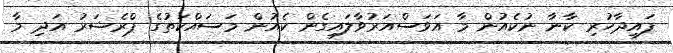
ފައިދާހުރި ކާނާ ނުކެއުން މާ އަވަސްއަރުވާލައިގެން ކެއުން މަސައްކަތުގެ ޕްރެޝަރު އަދި މާ